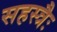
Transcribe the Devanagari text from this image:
सहस्त्रैः